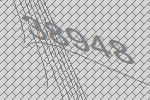
38948